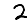
Digit: 2